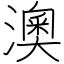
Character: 澳